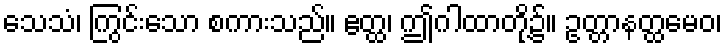
သေသံ၊ ကြွင်းသော စကားသည်။ ဧတ္ထ၊ ဤဂါထာတို့၌။ ဥတ္တာနတ္ထမေဝ၊